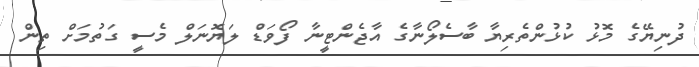
ދުނިޔޭގެ މޮޅު ކުޅުންތެރިޔާ ބާސެލޯނާގެ އާޖެންޓީނާ ފޯވަޑް ލަޔޮނަލް މެސީ ގަތުމަށް ތިން